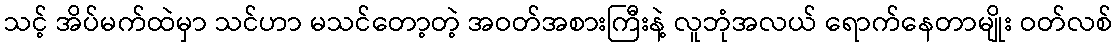
သင့် အိပ်မက်ထဲမှာ သင်ဟာ မသင်တော့တဲ့ အဝတ်အစားကြီးနဲ့ လူဘုံအလယ် ရောက်နေတာမျိုး ဝတ်လစ်